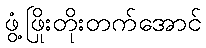
ဖွံ့ဖြိုးတိုးတက်အောင်